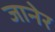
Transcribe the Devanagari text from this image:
जानेर